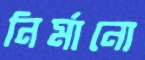
নির্মানো